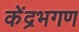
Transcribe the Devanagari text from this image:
केंद्रभगण